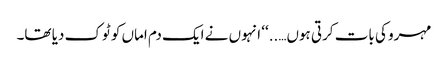
مہرو کی بات کرتی ہوں…..‘‘ انہوں نے ایک دم اماں کو ٹوک دیا تھا۔